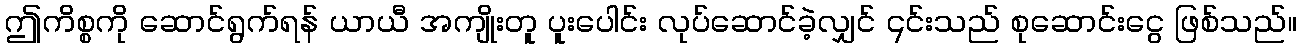
ဤကိစ္စကို ဆောင်ရွက်ရန် ယာယီ အကျိုးတူ ပူးပေါင်း လုပ်ဆောင်ခဲ့လျှင် ၎င်းသည် စုဆောင်းငွေ ဖြစ်သည်။